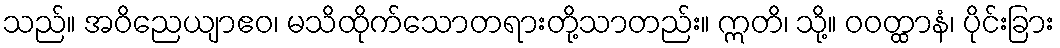
သည်။ အဝိညေယျာဧဝ၊ မသိထိုက်သောတရားတို့သာတည်း။ ဣတိ၊ သို့။ ဝဝတ္ထာနံ၊ ပိုင်းခြား